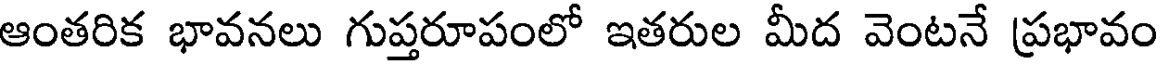
ఆంతరిక భావనలు గుప్తరూపంలో ఇతరుల మీద వెంటనే ప్రభావం